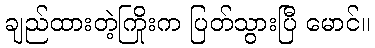
ချည်ထားတဲ့ကြိုးက ပြတ်သွားပြီ မောင်။